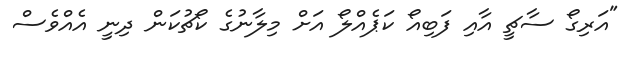
"އަރިގޯ ސާޗީ އާއި ފަބިއޯ ކަޕެއްލޯ އަށް މިލާނުގެ ކޯޗުކަން ދިނީ އެއްވެސް